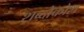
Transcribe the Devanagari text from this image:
शब्दोकोश